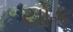
યોક